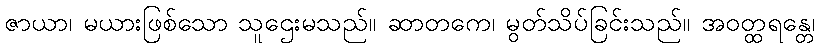
ဇာယာ၊ မယားဖြစ်သော သူဌေးမသည်။ ဆာတကေ၊ မွတ်သိပ်ခြင်းသည်။ အဝတ္ထရန္တေ၊